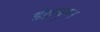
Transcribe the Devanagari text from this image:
इंद्रघुम्न